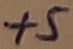
Text: +5V